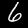
Digit: 6